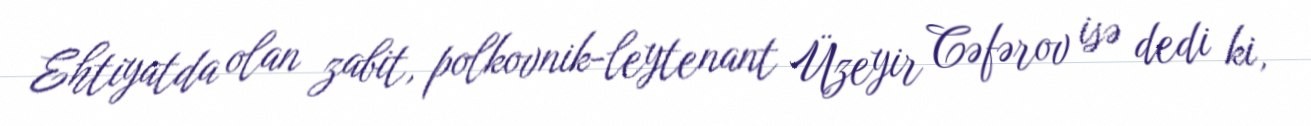
Ehtiyatda olan zabit, polkovnik-leytenant Üzeyir Cəfərov isə dedi ki,